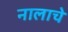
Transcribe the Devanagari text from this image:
नालाचे